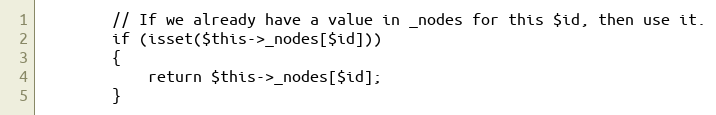
Language: PHP
		// If we already have a value in _nodes for this $id, then use it.
		if (isset($this->_nodes[$id]))
		{
			return $this->_nodes[$id];
		}